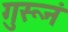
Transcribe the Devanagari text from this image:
गुरूनं